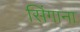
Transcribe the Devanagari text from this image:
सिंगाना